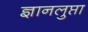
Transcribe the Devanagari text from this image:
ज्ञानलुप्ता